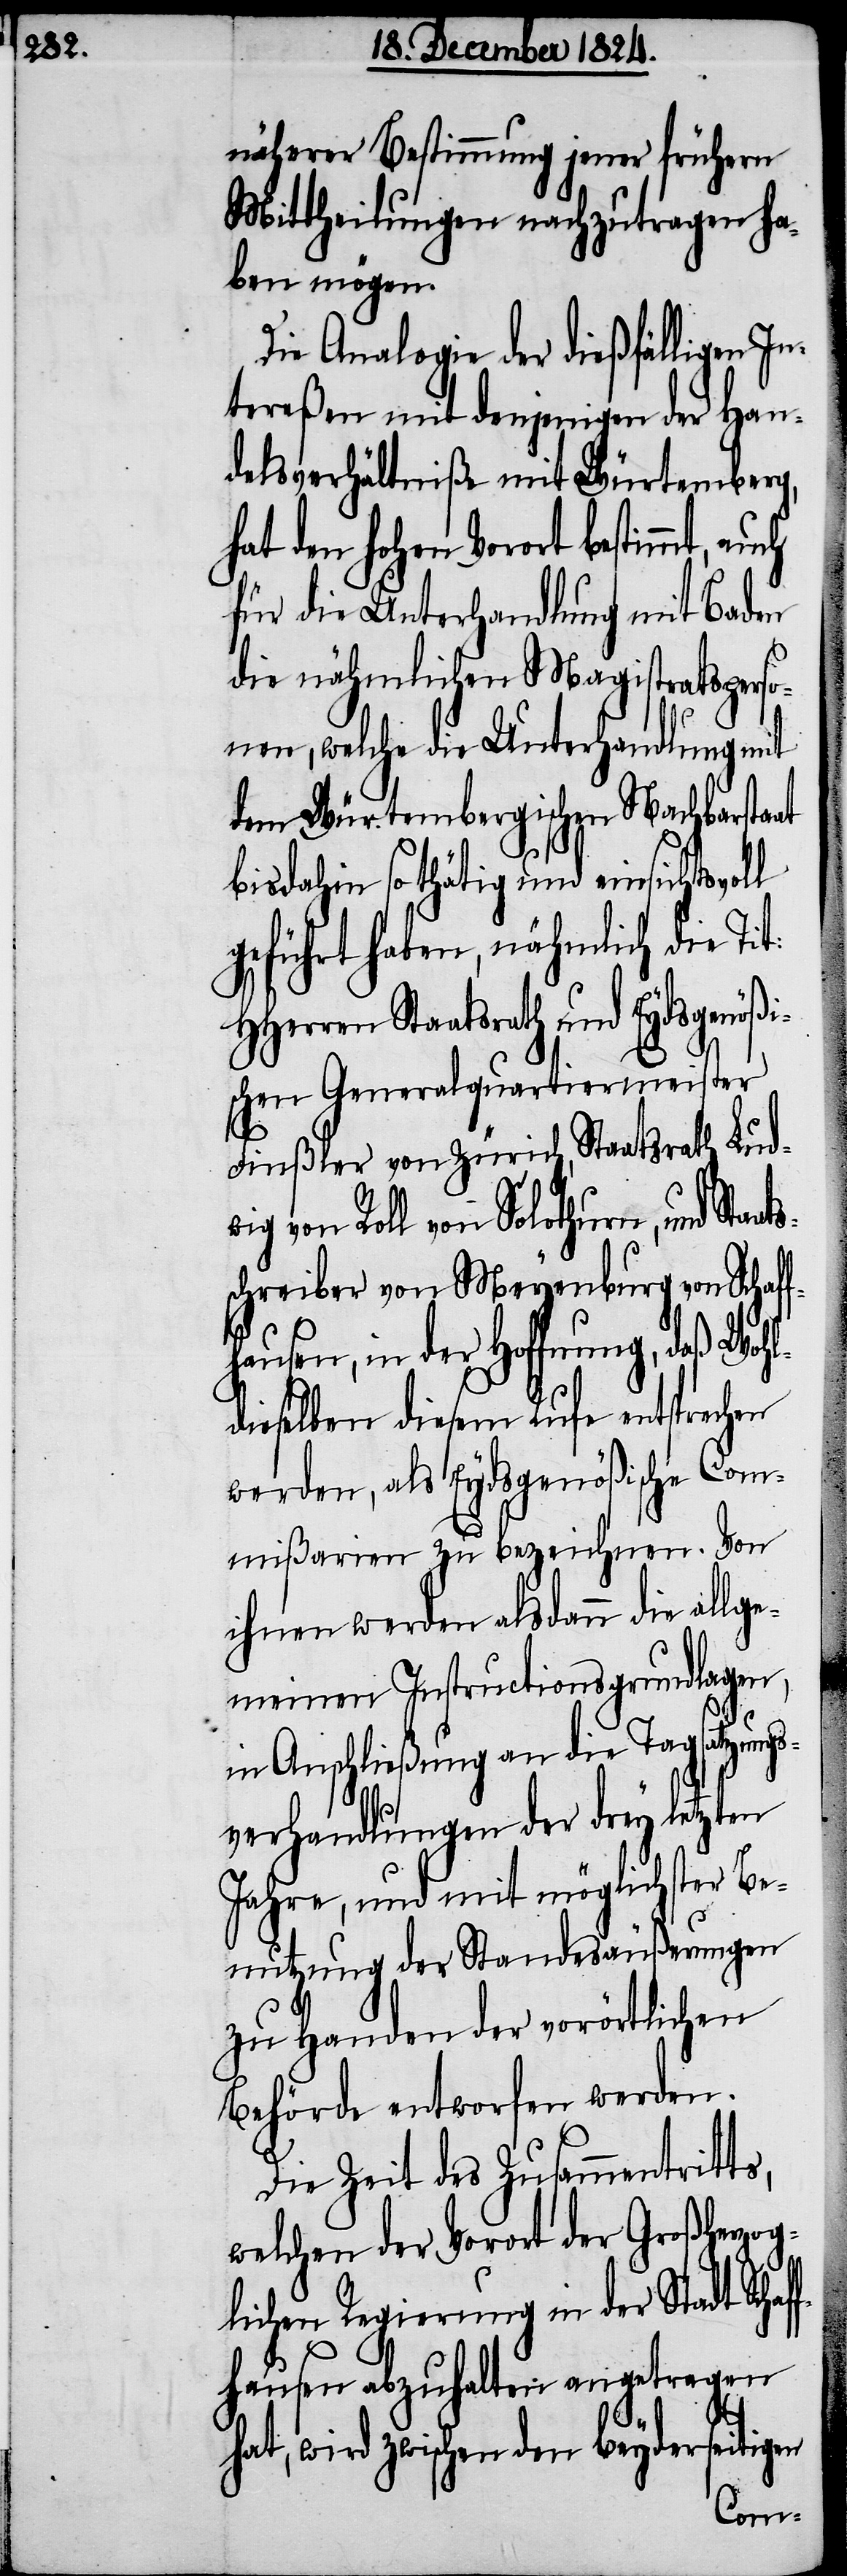
näherer Bestimmung jener frühern
Mittheilungen nachzutragen ha¬
ben mögen.
Die Analogie der
tereßen mit denjeni¬
Baden
delsverhältniße mit
ung,
ch
hat den hohen Vorort
für die Unterhandlung
die nähmlichen
so¬
nen, welche die Unterh¬
i¬
daß
dem Würtembergisc¬
die
bis dahin so thätig und ei¬
rseit¬
geführt haben, nähmli¬
ößi¬
HHerren Staatsrath und
ster
schen Generalquartier¬
beyde¬
Finßler von Zürich, Staa¬
Tag¬
wig von Roll von Solothu¬
Be¬
schreiber von Meyenb¬
ausen, in der Hoffn¬
schen
dieselben diesem Rufe
werden, als Eydsgen¬
Von
mißarien zu bezeichnen.
ihnen werden alsdann die allge¬
meinen Instructionsgrundlagen,
satzung¬
in Anschließung an die
sverhandlungen der drey letzten
Jahre, und mit mögl¬
nutzung der Standesäußerungen
zu Handen der vorörtlichen
Behörde entworfen werden.
Die Zeit des Zusammentritts,
welchen der Vorort der Großherzog¬
lichen Regierung in der Stadt Scha¬
fhausen abzuhalten angetragen
gen
hat, wird zwi¬